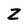
Character: Z